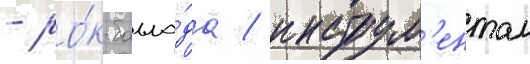
- ро́к-балла́да / инструм'ентал